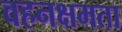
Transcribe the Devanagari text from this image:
वहनक्षमता